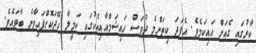
ކާރުގައި ގެއަށް އައިކަމެވެ. އެފަދަ ކިތަންމެ ދުވަސް ހައިޝަމްއާއިއެކުގައި ކަމީލާ ހޭދަކޮށްފައިވާނެ ބާވައެވެ.